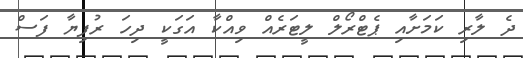
ދެ ލާރި ކަމަށާއި ޕެޓްރޯލް ލީޓަރެއް ވިއްކާ އަގަކީ ދިހަ ރުފިޔާ ފަސް